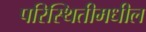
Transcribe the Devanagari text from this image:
परिस्थितीमधील